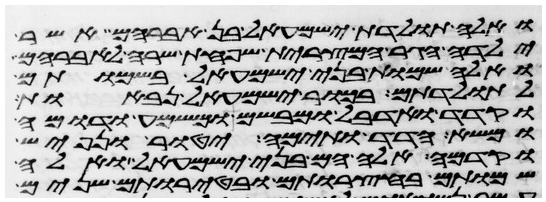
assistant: ואלה תולדת ישמעאל בן אברהם אשר
ילדה הגר המצרית שפחת שרה לאברהם
ואלה שמות בני ישמעאל בשמותם
לתולדתם בכור ישמעאל נבאות
וקדד ואדבל ומבשם ומשמע ודומה
ומשא הדד ותימה יטור נפיש
וקדמה אלה הם בני ישמעאל ואלה
שמותם בחצרותם ובטירתם שנים